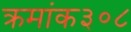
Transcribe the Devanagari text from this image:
क्रमांक३०८